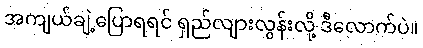
အကျယ်ချဲ့ပြောရရင် ရှည်လျားလွန်းလို့ ဒီလောက်ပဲ။